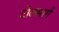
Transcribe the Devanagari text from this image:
टोलमार्ग